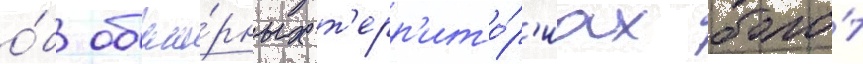
о́б обши́рных т'ерр'ито́р'иах боло́т